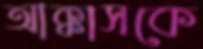
আক্কাসকে